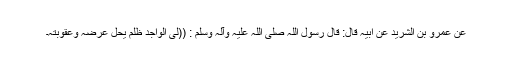
عَنْ عَمْرِو بْنِ الشُّرَیْدِ عَنْ اَبِیْہِ قَالَ: قَالَ رَسُوْلُ اللّٰہِ ‌صلی ‌اللہ ‌علیہ ‌وآلہ ‌وسلم : ((لَیُّ الْوَاجِدِ ظُلْمٌ یُحِلُّ عِرْضَہُ وَعُقُوْبَتُہُ۔